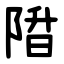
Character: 陹